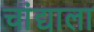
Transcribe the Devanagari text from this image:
चांद्याला